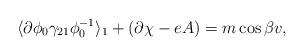
LaTeX: \begin{align*}\langle \partial\phi_0 \gamma_{21} \phi_{0}^{-1} \rangle_1 +(\partial\chi - eA) = m\cos{\beta} v ,\end{align*}